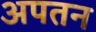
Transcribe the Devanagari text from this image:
अपतन